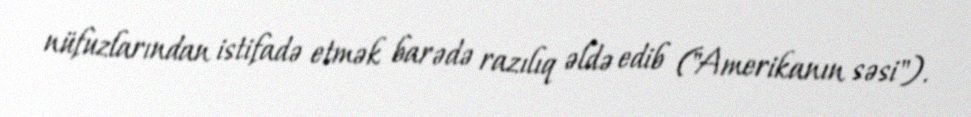
nüfuzlarından istifadə etmək barədə razılıq əldə edib ("Amerikanın səsi").